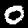
Label: 0